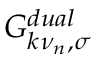
G _ { k \nu _ { n } , \sigma } ^ { d u a l }